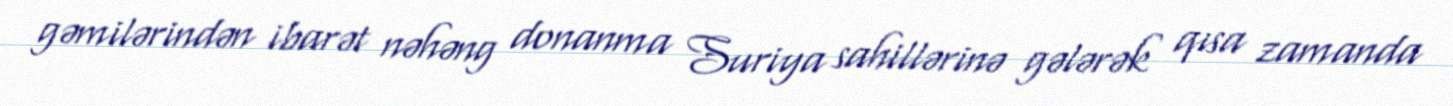
gəmilərindən ibarət nəhəng donanma Suriya sahillərinə gələrək qısa zamanda